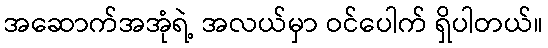
အဆောက်အအုံရဲ့ အလယ်မှာ ဝင်ပေါက် ရှိပါတယ်။